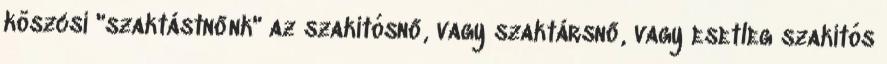
köszcsi "szaktástnőnk" az szakítósnő, vagy szaktársnő, vagy esetleg szakítós